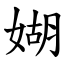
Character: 媩